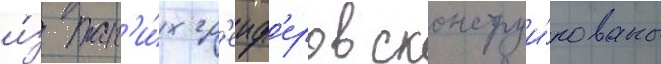
и́з так'и́х гр'еиф'еров сконструи́рованы